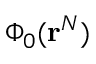
\Phi _ { 0 } ( \mathbf { r } ^ { N } )